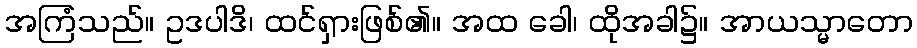
အကြံသည်။ ဥဒပါဒိ၊ ထင်ရှားဖြစ်၏။ အထ ခေါ၊ ထိုအခါ၌။ အာယသ္မာတော